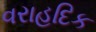
વરાહદિક